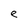
Character: e